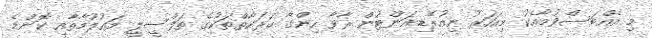
މި އެއްބަސްވުމާއެކު މިއަހަރު ނިއުރޭޑިއަންޓުން ރާވާ ހިންގާ ހަރަކާތްތަކުގެ ތަފްސީލީ މައުލޫމާތާއި ކޮންމެ